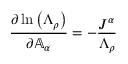
\frac { \partial \ln { \left( \Lambda _ { \rho } \right) } } { \partial \mathbb { A } _ { \alpha } } = - \frac { J ^ { \alpha } } { \Lambda _ { \rho } }